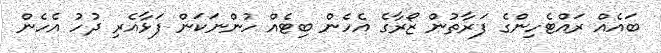
ބައެއް ރައްޓެހިންގެ ފަރާތުން ޒޯރާގެ އެހެން ބިޓެއް ހުންނަކަން ފަޅާއެރި ދުހު އެހެން